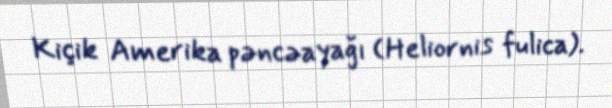
Kiçik Amerika pəncəayağı (Heliornis fulica).